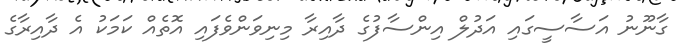
ގާނޫނު އަސާސީގައި އަދުލް އިންސާފުގެ ދާއިރާ މިނިވަންވެފައި އޮތެއް ކަމަކު އެ ދާއިރާގެ